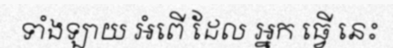
ទាំងឡាយ អំពើ ដែល អ្នក ធ្វើ នេះ